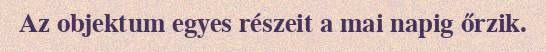
Az objektum egyes részeit a mai napig őrzik.